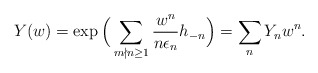
\begin{align*}Y(w)=\exp\Big(\sum_{m\nmid n\geq1}\frac{w^n}{n\epsilon_n}h_{-n}\Big)=\sum_n Y_{n} w^n.\end{align*}